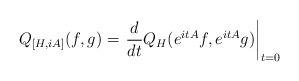
LaTeX: \begin{align*} Q_{[H,iA]} (f,g) = \left. \frac{d}{dt} Q_H (e^{itA}f , e^{itA}g) \right|_{t=0} \end{align*}